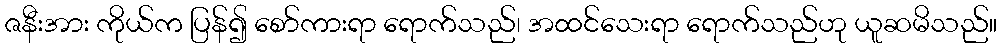
ဇနီးအား ကိုယ်က ပြန်၍ စော်ကားရာ ရောက်သည်၊ အထင်သေးရာ ရောက်သည်ဟု ယူဆမိသည်။